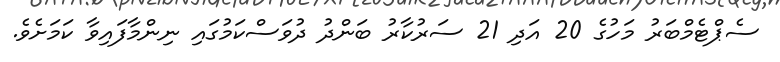
ސެޕްޓެމްބަރު މަހުގެ 20 އަދި 21 ސަރުކާރު ބަންދު ދުވަސްކަމުގައި ނިންމާފައިވާ ކަމަށެވެ.